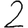
Digit: 2